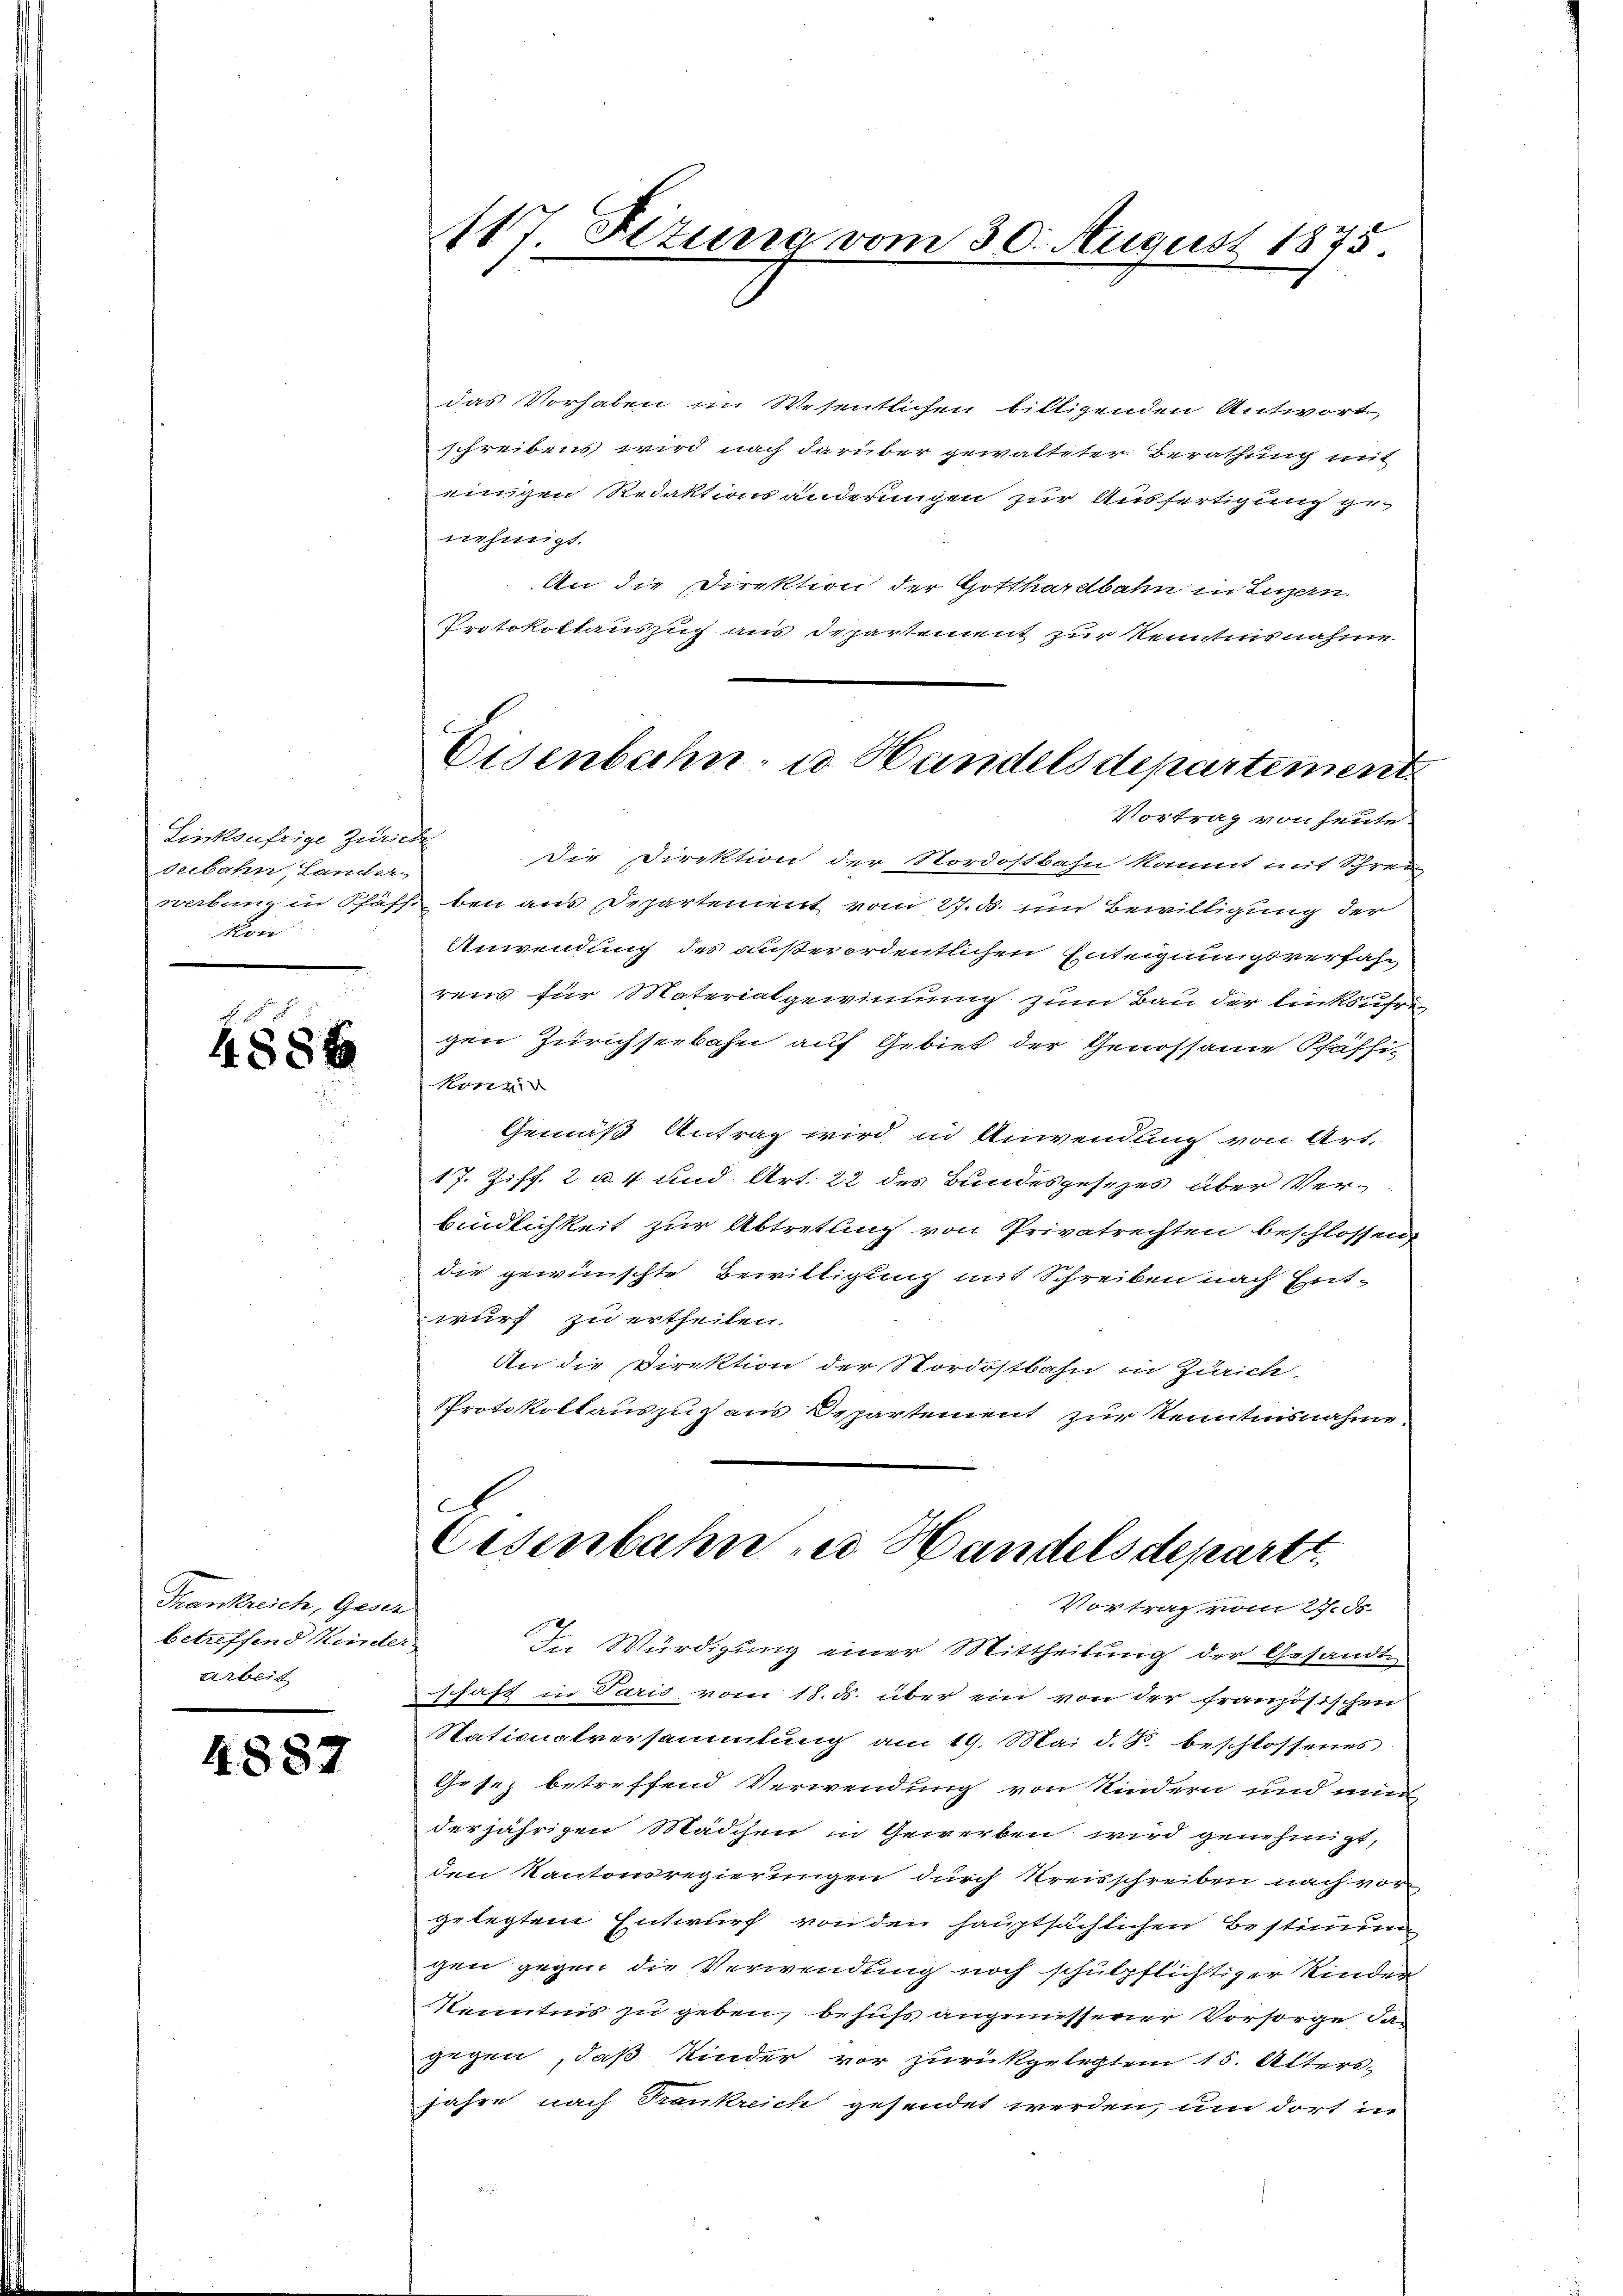
Linksufrige Zürich
debahn, Lander
Kon

4886

Thankreich, Geser
betreffend Kinder
Arbeit.

4887

117 Fizung vom 30. August 1875.

das Vorhaben im Wesentlichen bittigenden Antwort
schreibens wird nach darüber gewalteter Berathung mit
einigen Redaktionsänderungen zur Ausfertigung genehmigt.
An die Direktion der Gotthardbahn in Ligern
Protokollauszug aus Departement zur Kenntnisnahme.
Die Direktion der Nordostbahn kommt mit Schrei-
webung in Pfäffe bei aus Departement vom 27. ds. um Bewilligung der
Anwendung des außerordentlichen Enteignungsverfahr
rens für Materialgewinnung zum Bau der linksufri
gen Zürichseebahn auf Gebiet der Genossame Pfäffi-
konn
Gemäß Antrag wird in Anwendung von Art.
17. Ziff. 2 u. 4 und Art. 22 des Bundesgesezes aber Verbindlichkeit zur Abtretung von Privatrechten beschlossen,
die gewünschte Bewittigung mit Schreiben nach Entwurf zu ertheilen.
An die Direktion der Nordostbahn in Zürich
Protokollauszuhaus Departement zur Kenntnisnahme

Eisenbahn, u. Handels departement
Vortrag von heute.

Eisenbahn zu Handelsdepartt
Vortrag vom 27. ds.

. Würdigung einer Mittheilung der Gesandte
schaft in Paris vom 18. ds. über ein von der französischen
Naticuatversammlung am 19. Mai d. J. beschlossenes
Gesiz betreffend Verwendung von Kindern und mi
derjährigen Mädchen u Gewerben wird genehmigt,
den Kantonsregierungen durch Kreisschreiben nach vor
gelegtem Entwurf von den hauptsächlichen Bestimmung
gen gegen die Verwendung noch schulpflichtiger Kinder
Kenntnis zu geben, behufs angeniessener Vorsorge, da
gegen, daß Kinder vor zurückgelegtem 15. Alters-
jahre nach Frankreich gesendet werden, um dort in